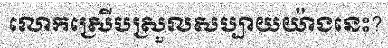
លោកស្រើបស្រួលសប្បាយយ៉ាងនេះ?